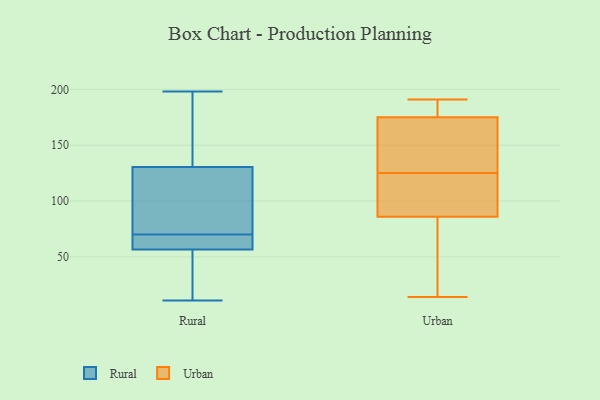
{"axis": {"x": "Shipments", "y": "Value"}, "legend": ["Rural", "Urban"], "data": [{"x": "", "y": 80, "type": "Rural"}, {"x": "", "y": 11, "type": "Rural"}, {"x": "", "y": 137, "type": "Rural"}, {"x": "", "y": 198, "type": "Rural"}, {"x": "", "y": 62, "type": "Rural"}, {"x": "", "y": 63, "type": "Rural"}, {"x": "", "y": 141, "type": "Rural"}, {"x": "", "y": 104, "type": "Rural"}, {"x": "", "y": 102, "type": "Rural"}, {"x": "", "y": 62, "type": "Rural"}, {"x": "", "y": 55, "type": "Rural"}, {"x": "", "y": 111, "type": "Rural"}, {"x": "", "y": 70, "type": "Rural"}, {"x": "", "y": 148, "type": "Rural"}, {"x": "", "y": 61, "type": "Rural"}, {"x": "", "y": 28, "type": "Rural"}, {"x": "", "y": 14, "type": "Rural"}, {"x": "", "y": 149, "type": "Rural"}, {"x": "", "y": 42, "type": "Rural"}, {"x": "", "y": 62, "type": "Urban"}, {"x": "", "y": 173, "type": "Urban"}, {"x": "", "y": 14, "type": "Urban"}, {"x": "", "y": 94, "type": "Urban"}, {"x": "", "y": 191, "type": "Urban"}, {"x": "", "y": 182, "type": "Urban"}, {"x": "", "y": 104, "type": "Urban"}, {"x": "", "y": 100, "type": "Urban"}, {"x": "", "y": 108, "type": "Urban"}, {"x": "", "y": 181, "type": "Urban"}, {"x": "", "y": 125, "type": "Urban"}, {"x": "", "y": 186, "type": "Urban"}, {"x": "", "y": 126, "type": "Urban"}, {"x": "", "y": 24, "type": "Urban"}, {"x": "", "y": 143, "type": "Urban"}, {"x": "", "y": 128, "type": "Urban"}, {"x": "", "y": 56, "type": "Urban"}]}